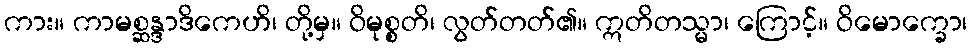
ကား။ ကာမစ္ဆန္ဒာဒိကေဟိ၊ တို့မှ။ ဝိမုစ္စတိ၊ လွတ်တတ်၏။ ဣတိတသ္မာ၊ ကြောင့်။ ဝိမောက္ခော၊